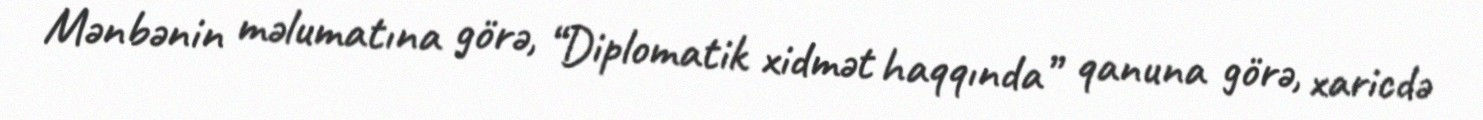
Mənbənin məlumatına görə, “Diplomatik xidmət haqqında” qanuna görə, xaricdə